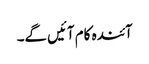
آئندہ کام آئیں گے۔